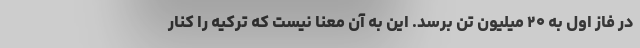
در فاز اول به ۲۰ میلیون تن برسد. این به آن معنا نیست که ترکیه را کنار